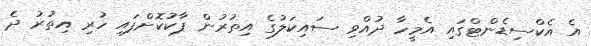
އެ އެކްސިޑެންޓްގައި އެމީހާ ދުއްވި ސައިކަލުގެ އިތުރުން ޕާކުކޮށްފައި ހުރި އިތުރު ދެ